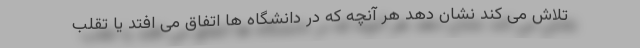
تلاش می کند نشان دهد هر آنچه که در دانشگاه ها اتفاق می افتد یا تقلب